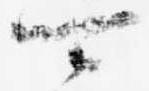
可